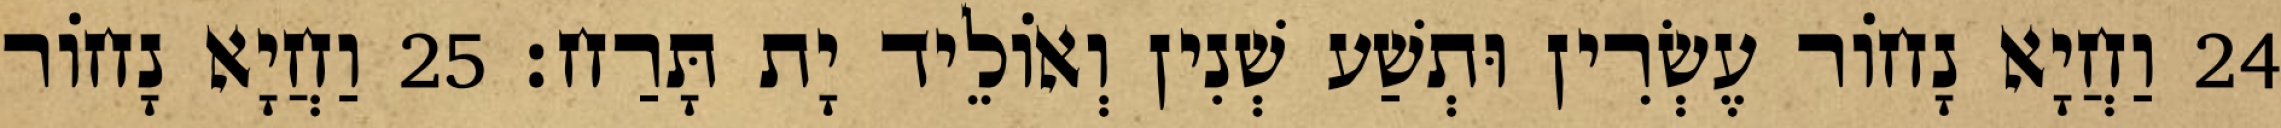
24 וַחֲיָא נָחוֹר עֶשְׂרִין וּתְשַׁע שְׁנִין וְאוֹלֵיד יָת תָּרַח׃ 25 וַחֲיָא נָחוֹר